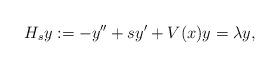
LaTeX: \begin{align*} H_s y := - y'' + s y' + V(x) y = \lambda y,\end{align*}